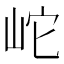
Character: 岮